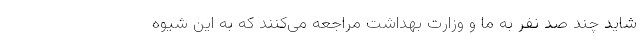
شاید چند صد نفر به ما و وزارت بهداشت مراجعه می‌کنند که به این شیوه